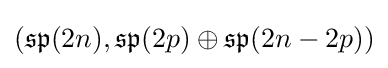
({\mathfrak {sp}}(2n),{\mathfrak {sp}}(2p)\oplus {\mathfrak {sp}}(2n-2p))